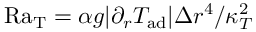
\mathrm { R a _ { T } } = \alpha g | \partial _ { r } T _ { \mathrm { a d } } | \Delta r ^ { 4 } / \kappa _ { T } ^ { 2 }